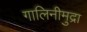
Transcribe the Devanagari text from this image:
गालिनीमुद्रा